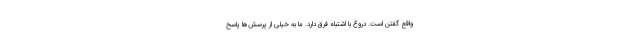
واقع گفتن است. دروغ با اشتباه فرق دارد. ما به خیلی از پرسش‌ها پاسخ